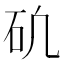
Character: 𥐥